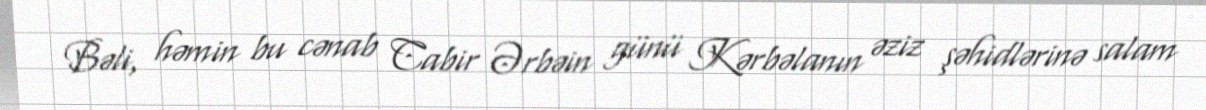
Bəli, həmin bu cənab Cabir Ərbəin günü Kərbəlanın əziz şəhidlərinə salam